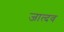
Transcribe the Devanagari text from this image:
जात्दव